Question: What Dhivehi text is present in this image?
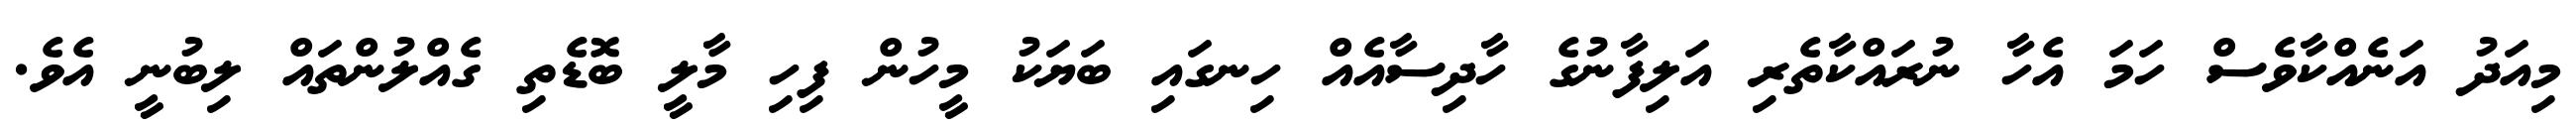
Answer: މިއަދު އަނެއްކާވެސް ހަމަ އެހާ ނުރައްކާތެރި އަލިފާނުގެ ހާދިސާއެއް ހިނގައި ބަޔަކު މީހުން ފިހި މާލީ ބޮޑެތި ގެއްލުންތައް ލިބުނީ އެވެ.